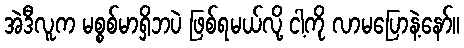
အဲဒီလူက မစ္စစ်မာရှိဘပဲ ဖြစ်ရမယ်လို့ ငါ့ကို လာမပြောနဲ့နော်။